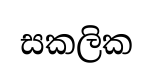
සකලික